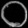
Digit: ၀